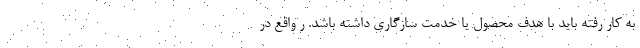
به کار رفته باید با هدف محصول یا خدمت سازگاری داشته باشد. ر واقع در